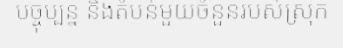
បច្ចុប្បន្ន និងតំបន់មួយចំនួនរបស់ស្រុក